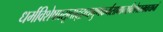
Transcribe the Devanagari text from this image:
धर्मविशेषप्रसूताद्द्रव्यगुणकर्मसामान्यविशेषसमवायानां